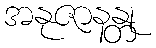
အနုဇာနန္တု